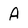
Character: A